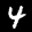
Label: 4